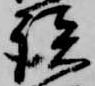
談